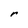
Character: r